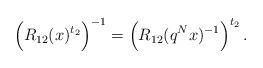
LaTeX: \begin{align*}\Big(R_{12}(x)^{t_2}\Big)^{-1} = \Big(R_{12}(q^Nx)^{-1}\Big)^{t_2} \,.\end{align*}